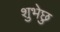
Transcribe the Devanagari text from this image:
शुभेछु